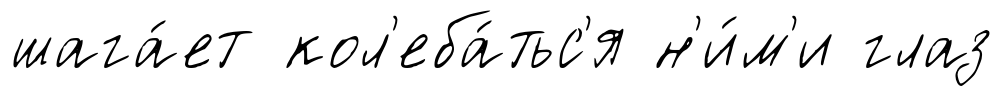
шага́ет кол'еба́тьс'я н'и́м'и глаз